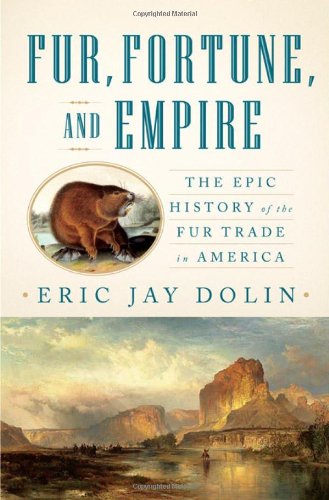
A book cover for Fur, Fortune, and Empire: The Epic History of the Fur Trade in America; Eric Jay Dolin; Business & Money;